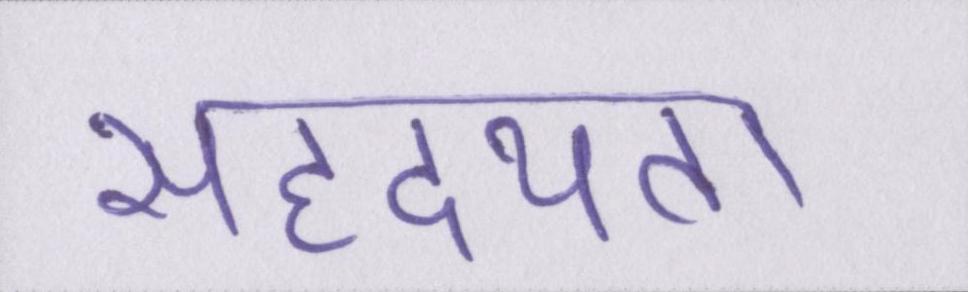
सहृदयता